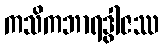
ကသိကဘာရဒွါဇဿ